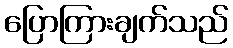
ပြောကြားချက်သည်